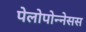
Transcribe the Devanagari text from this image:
पेलोपोन्नेसस